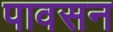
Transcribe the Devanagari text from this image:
पावसन